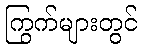
ကြွက်များတွင်